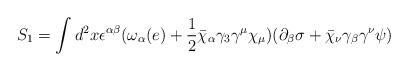
LaTeX: \begin{align*}S_1=\int d^2 x\epsilon^{\alpha\beta}(\omega_\alpha(e)+\frac{1}{2}\bar\chi_\alpha\gamma_3\gamma^\mu\chi_\mu)(\partial_\beta\sigma+\bar\chi_\nu\gamma_\beta\gamma^\nu\psi)\end{align*}